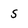
Character: S